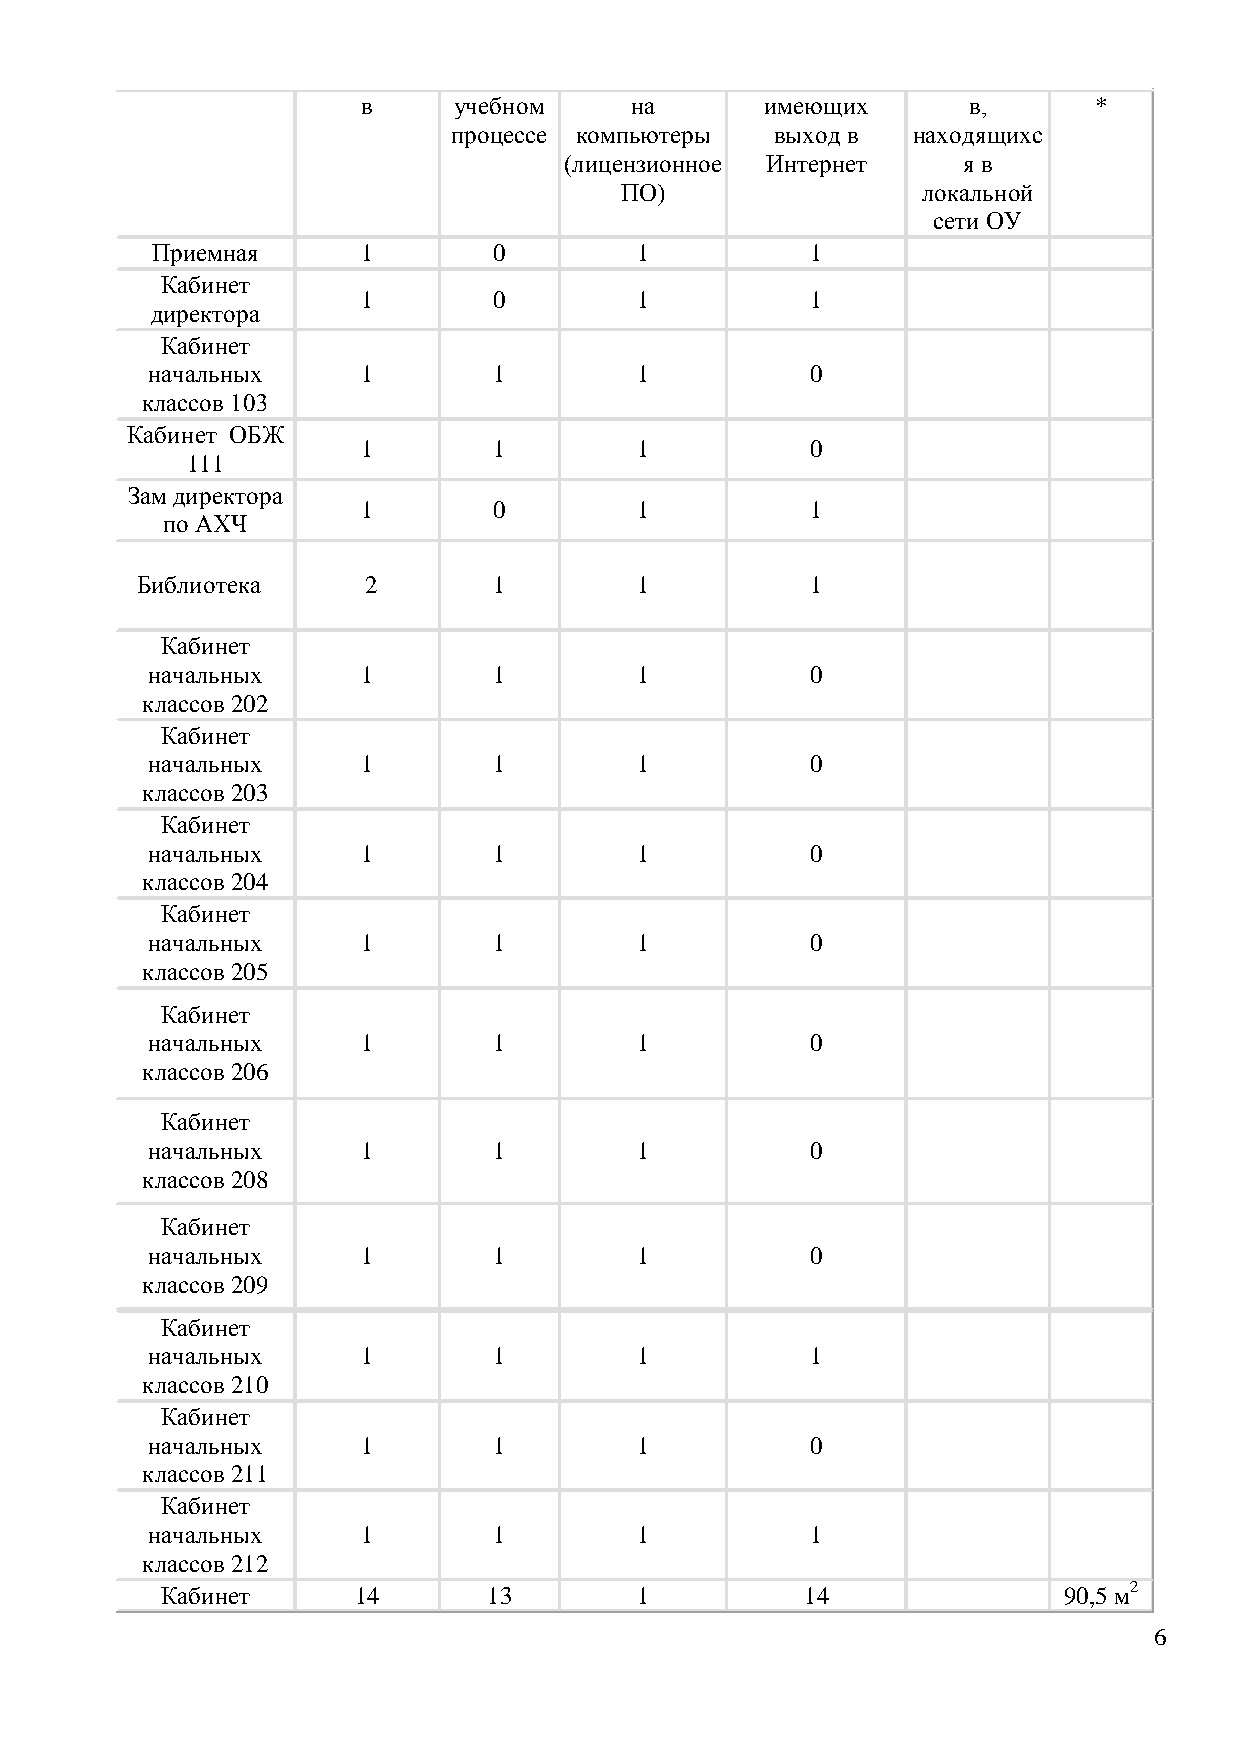
в     учебном     на       имеющих      в,      *
 процессе компьютеры  выход в  находящихс
 (лицензионное Интернет     я в
 ПО)                 локальной
 сети ОУ
 Приемная      1        0        1           1
 Кабинет
 1        0        1           1
 директора
 Кабинет
 начальных     1        1        1           0
 классов 103
 Кабинет ОБЖ
 1        1        1           0
 111
 Зам директора
 1        0        1           1
 по АХЧ
 Библиотека     2        1        1           1
 Кабинет
 начальных     1        1        1           0
 классов 202
 Кабинет
 начальных     1        1        1           0
 классов 203
 Кабинет
 начальных     1        1        1           0
 классов 204
 Кабинет
 начальных     1        1        1           0
 классов 205
 Кабинет
 начальных     1        1        1           0
 классов 206
 Кабинет
 начальных     1        1        1           0
 классов 208
 Кабинет
 начальных     1        1        1           0
 классов 209
 Кабинет
 начальных     1        1        1           1
 классов 210
 Кабинет
 начальных     1        1        1           0
 классов 211
 Кабинет
 начальных     1        1        1           1
 классов 212
 Кабинет     14       13        1          14               90,5 м2
 6